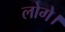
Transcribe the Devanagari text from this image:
लोगे।